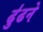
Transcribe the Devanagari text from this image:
ढु॑ढने